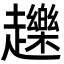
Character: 䟏